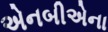
એનબીએના